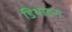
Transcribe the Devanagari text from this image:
डिथाइस